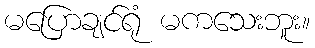
မပြောချင်ရုံ မကသေးဘူး။